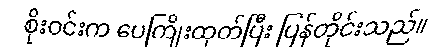
စိုးဝင်းက ပေကြိုးထုတ်ပြီး ပြန်တိုင်းသည်။